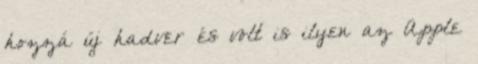
hozzá új hadver és volt is ilyen az Apple